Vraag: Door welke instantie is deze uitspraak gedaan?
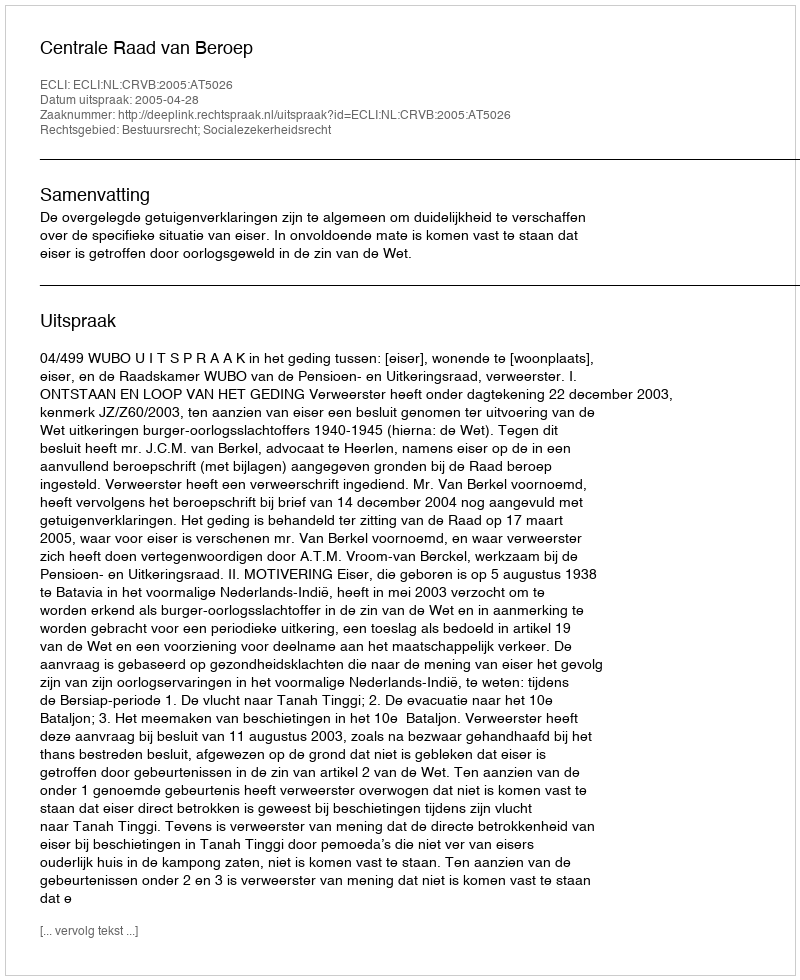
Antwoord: Centrale Raad van Beroep